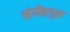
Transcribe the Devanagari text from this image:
संगीतगुरु